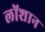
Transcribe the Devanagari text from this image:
लोंशान